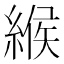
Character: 緱